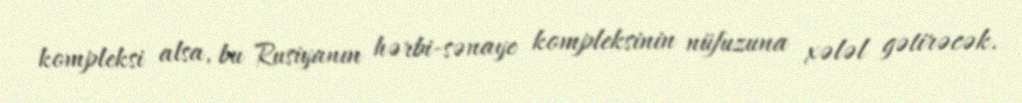
kompleksi alsa, bu Rusiyanın hərbi-sənaye kompleksinin nüfuzuna xələl gətirəcək.